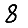
Digit: 8